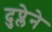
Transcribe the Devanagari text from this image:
दुप्लेने